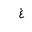
Letter: _gayn